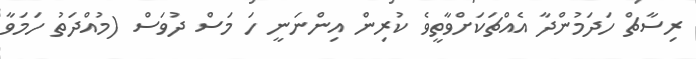
ރިސާޗް ހަދަމުންދާ އެއްޗަކަށްވާތީވެ ކުރިން އިންނަނީ ހަ މަސް ދުވަސް (މުއްދަތު ހަމަވާ